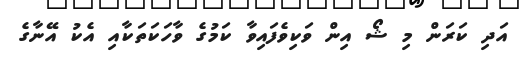
އަދި ކަރަން މި ޝޯ އިން ވަކިވެފައިވާ ކަމުގެ ވާހަކަތަކާއި އެކު އޭނާގެ